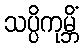
သပ္ပိကုမ္ဘိံ